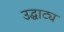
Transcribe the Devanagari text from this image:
उद्घाट्य